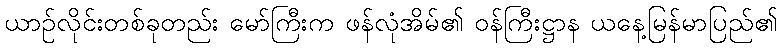
ယာဉ်လိုင်းတစ်ခုတည်း မော်ကြီးက ဖန်လုံအိမ်၏ ဝန်ကြီးဋ္ဌာန ယနေ့မြန်မာပြည်၏